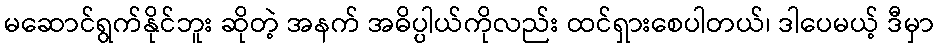
မဆောင်ရွက်နိုင်ဘူး ဆိုတဲ့ အနက် အဓိပ္ပါယ်ကိုလည်း ထင်ရှားစေပါတယ်၊ ဒါပေမယ့် ဒီမှာ